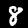
Label: 8